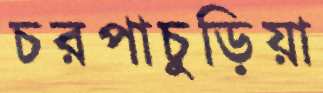
চরপাচুড়িয়া